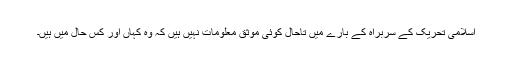
اسلامی تحریک کے سربراہ کے بارے میں تاحال کوئی موثق معلومات نہیں ہیں کہ وہ کہاں اور کس حال میں ہیں۔